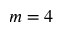
m = 4